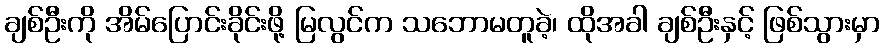
ချစ်ဦးကို အိမ်ပြောင်းခိုင်းဖို့ မြလွင်က သဘောမတူခဲ့၊ ထိုအခါ ချစ်ဦးနှင့် ဖြစ်သွားမှာ